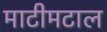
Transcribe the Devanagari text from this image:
माटीमटाल